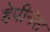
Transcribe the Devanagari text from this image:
हेपीनेस